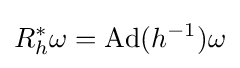
R_{h}^{*}\omega ={\hbox{Ad}}(h^{-1})\omega